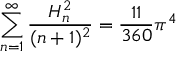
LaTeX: \sum _ { n = 1 } ^ { \infty } { \frac { H _ { n } ^ { 2 } } { ( n + 1 ) ^ { 2 } } } = { \frac { 1 1 } { 3 6 0 } } \pi ^ { 4 }